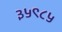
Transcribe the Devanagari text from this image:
३५९८५